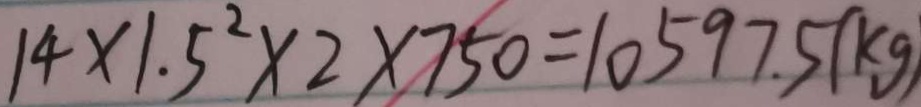
1 4 \times 1 . 5 ^ { 2 } \times 2 \times 7 5 0 = 1 0 5 9 7 . 5 ( k g )